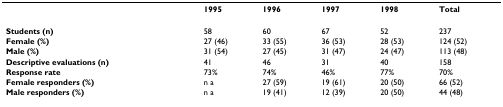
<table><thead><tr><td></td><td><b>1995</b></td><td><b>1996</b></td><td><b>1997</b></td><td><b>1998</b></td><td><b>Total</b></td></tr></thead><tbody><tr><td><b>Students (n)</b></td><td>58</td><td>60</td><td>67</td><td>52</td><td>237</td></tr><tr><td><b>Female (%)</b></td><td>27 (46)</td><td>33 (55)</td><td>36 (53)</td><td>28 (53)</td><td>124 (52)</td></tr><tr><td><b>Male (%)</b></td><td>31 (54)</td><td>27 (45)</td><td>31 (47)</td><td>24 (47)</td><td>113 (48)</td></tr><tr><td><b>Descriptive evaluations (n)</b></td><td>41</td><td>46</td><td>31</td><td>40</td><td>158</td></tr><tr><td><b>Response rate</b></td><td>73%</td><td>74%</td><td>46%</td><td>77%</td><td>70%</td></tr><tr><td><b>Female responders (%)</b></td><td>n a</td><td>27 (59)</td><td>19 (61)</td><td>20 (50)</td><td>66 (52)</td></tr><tr><td><b>Male responders (%)</b></td><td>n a</td><td>19 (41)</td><td>12 (39)</td><td>20 (50)</td><td>44 (48)</td></tr></tbody></table>